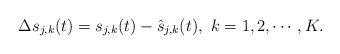
LaTeX: \begin{align*}\Delta {s}_{j,k}(t) = s_{j,k}(t) - \hat{s}_{j,k}(t), ~k=1,2,\cdots,K.\end{align*}